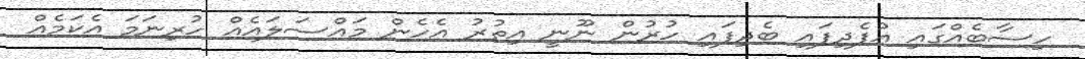
ހިސާބެއްގައި އުފެދިފައި ބެދިފައި ހުރުން ނޫނީ އިތުރު އެހެން މައްސަލައެއް ހުރިނަމަ އެކަމެއް